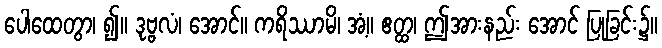
ပေါထေတွာ၊ ၍။ ဒုဗ္ဗလံ၊ အောင်။ ကရိဿာမိ၊ အံ့။ ဧတ္ထ၊ ဤအားနည်း အောင် ပြုခြင်း၌။